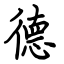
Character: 德